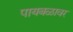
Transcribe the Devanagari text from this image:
पायबळावर